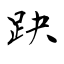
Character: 趹